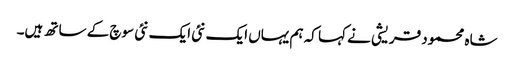
شاہ محمود قریشی نے کہا کہ ہم یہاں ایک نئی ایک نئی سوچ کے ساتھ ہیں۔